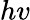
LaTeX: hv